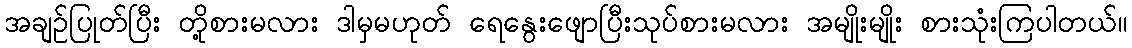
အချဉ်ပြုတ်ပြီး တို့စားမလား ဒါမှမဟုတ် ရေနွေးဖျောပြီးသုပ်စားမလား အမျိုးမျိုး စားသုံးကြပါတယ်။